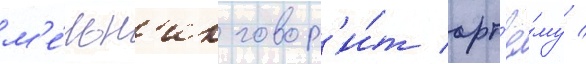
м'е́льн'ик говор'и́т арт'ё́му /